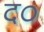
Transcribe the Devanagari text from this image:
द०